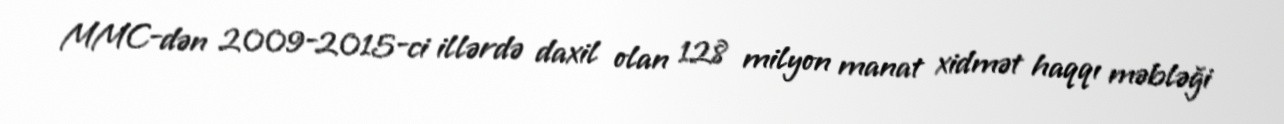
MMC-dən 2009-2015-ci illərdə daxil olan 128 milyon manat xidmət haqqı məbləği